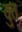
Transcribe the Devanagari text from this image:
वुत